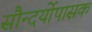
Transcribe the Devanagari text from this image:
सौन्दर्योपासक